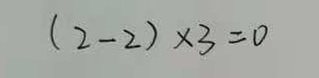
( 2 - 2 ) \times 3 = 0